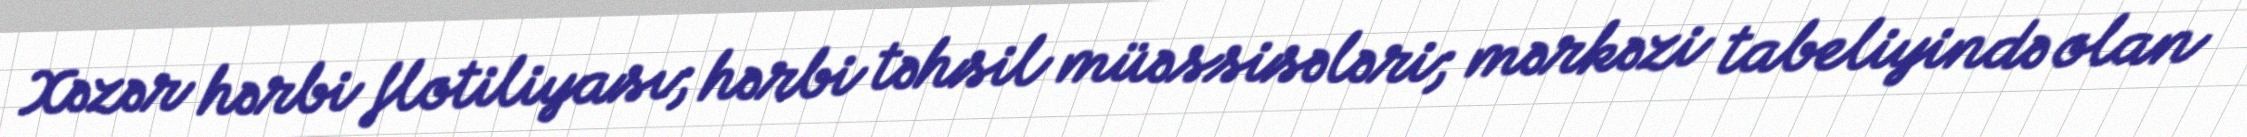
Xəzər hərbi flotiliyası; hərbi təhsil müəssisələri; mərkəzi tabeliyində olan